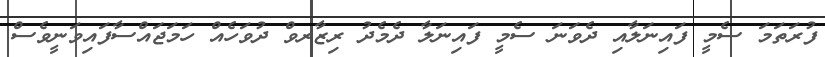
ފުރަތަމަ ސެމީ ފައިނަލާއި ދެވަނަ ސެމީ ފައިނަލާ ދެމެދު ރިޒާރވް ދުވަހެއް ހަމަޖައްސާފައިވަނީވެސް